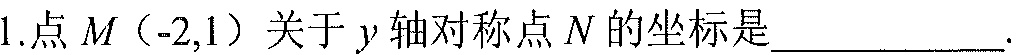
1.点 \(M（-2,1）\) 关于 \(y\) 轴对称点 \(N\) 的坐标是______________.